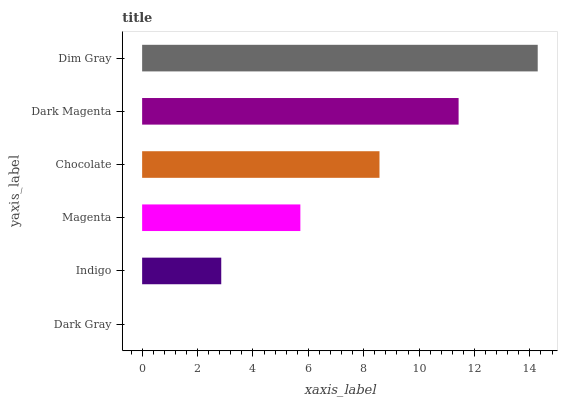
| yaxis_label | bars |
 | --- | --- |
 | Dark Gray | 0 |
 | Indigo | 2.86 |
 | Magenta | 5.71 |
 | Chocolate | 8.57 |
 | Dark Magenta | 11.4 |
 | Dim Gray | 14.3 |